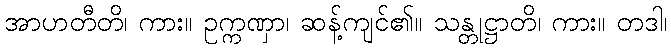
အာဟတီတိ၊ ကား။ ဥက္ကဏှာ၊ ဆန့်ကျင်၏။ သန္တုဋ္ဌာတိ၊ ကား။ တဒါ၊